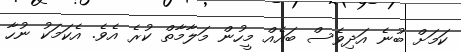
ކަމަށް ބުނެ އަދިވެސް ބައެއް މީހުން މަލާމާތް ކުރެ އެވެ. އެކަމަކު ނުހާ